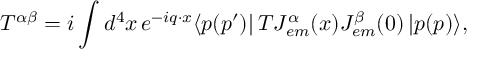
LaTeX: T ^ { \alpha \beta } = i \int d ^ { 4 } x \, e ^ { - i q \cdot x } \langle p ( p ^ { \prime } ) | \, T J _ { e m } ^ { \alpha } ( x ) J _ { e m } ^ { \beta } ( 0 ) \, | p ( p ) \rangle ,